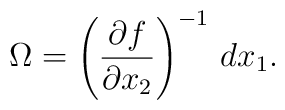
\Omega=\left(\frac{\partial f}{\partial x_2}\right)^{-1}\,dx_1.